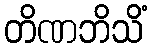
တိဏဘိသိံ